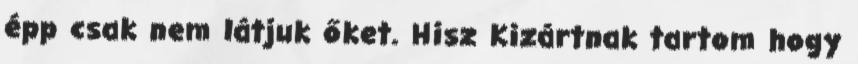
épp csak nem látjuk őket. Hisz Kizártnak tartom hogy